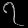
Digit: ၇